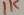
Text: 1K